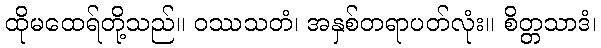
ထိုမထေရ်တို့သည်။ ဝဿသတံ၊ အနှစ်တရာပတ်လုံး။ စိတ္တသာဒံ၊